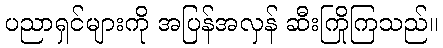
ပညာရှင်များကို အပြန်အလှန် ဆီးကြိုကြသည်။